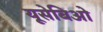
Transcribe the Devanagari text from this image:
यूसेबिओ